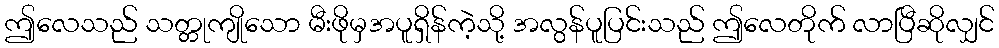
ဤလေသည် သတ္တုကျိုသော မီးဖိုမှအပူရှိန်ကဲ့သို့ အလွန်ပူပြင်းသည် ဤလေတိုက် လာပြီဆိုလျှင်